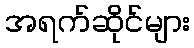
အရက်ဆိုင်များ